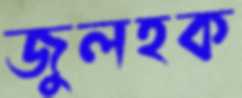
জুলহক